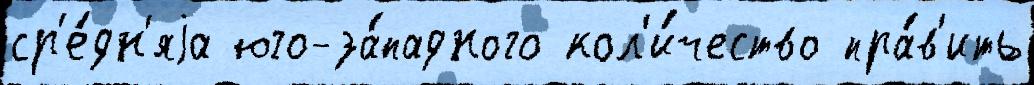
ср'е́дн'яjа юго-за́падного кол'и́чество пра́в'ить